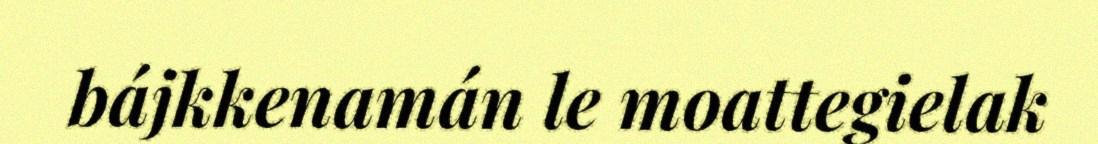
bájkkenamán le moattegielak